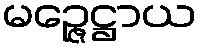
မဉ္ဇေဋ္ဌာယ